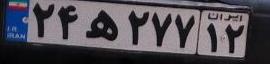
۶۶ق۸۸۱۷۴